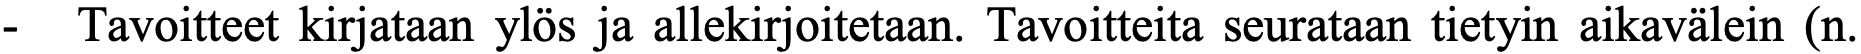
- Tavoitteet kirjataan ylös ja allekirjoitetaan. Tavoitteita seurataan tietyin aikavälein (n.